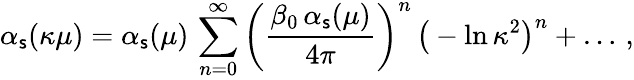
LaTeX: \alpha_{\mathsf{s}}(\kappa\mu)=\alpha_{\mathsf{s}}(\mu)\, \sum_{n=0}^{\infty}\bigg({\frac{{\beta_{0}\, \alpha_{\mathsf{s}}(\mu)}}{{4\pi}}}\bigg)^{n}\, \big(-\ln\kappa^{2}\big)^{n}+\ldots\, ,